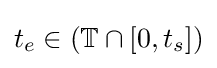
t_{e}\in (\mathbb {T} \cap [0,t_{s}])